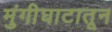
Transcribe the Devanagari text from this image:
मुंगीघाटातून